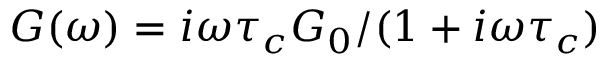
G ( \omega ) = i \omega \tau _ { c } G _ { 0 } / ( 1 + i \omega \tau _ { c } )